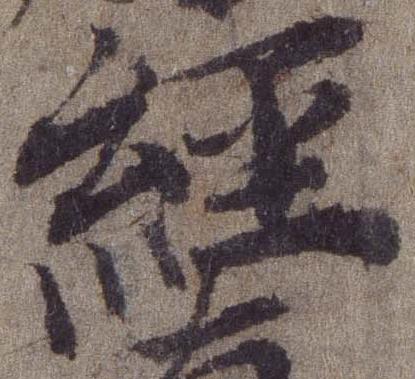
経